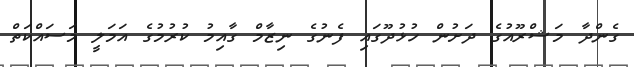
ގެންދާ މަޝްރޫއުގެ ދަށުން ހުޅުދޫގައި ފެނުގެ ނިޒާމް ގާއިމު ކުރުމުގެ އަމަލީ މަސައްކަތް